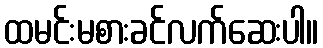
ထမင်းမစားခင်လက်ဆေးပါ။